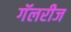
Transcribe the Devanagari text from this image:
गॅलरीज